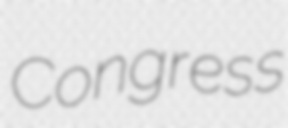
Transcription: Congress